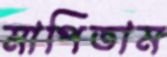
মাপিতাম